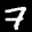
Label: 7